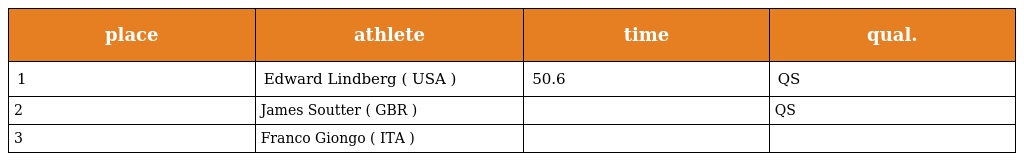
| place | athlete | time | qual. |
 | --- | --- | --- | --- |
 | 1 | Edward Lindberg ( USA ) | 50.6 | QS |
 | 2 | James Soutter ( GBR ) |  | QS |
 | 3 | Franco Giongo ( ITA ) |  |  |